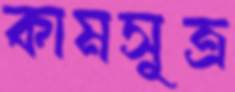
কামসূত্র